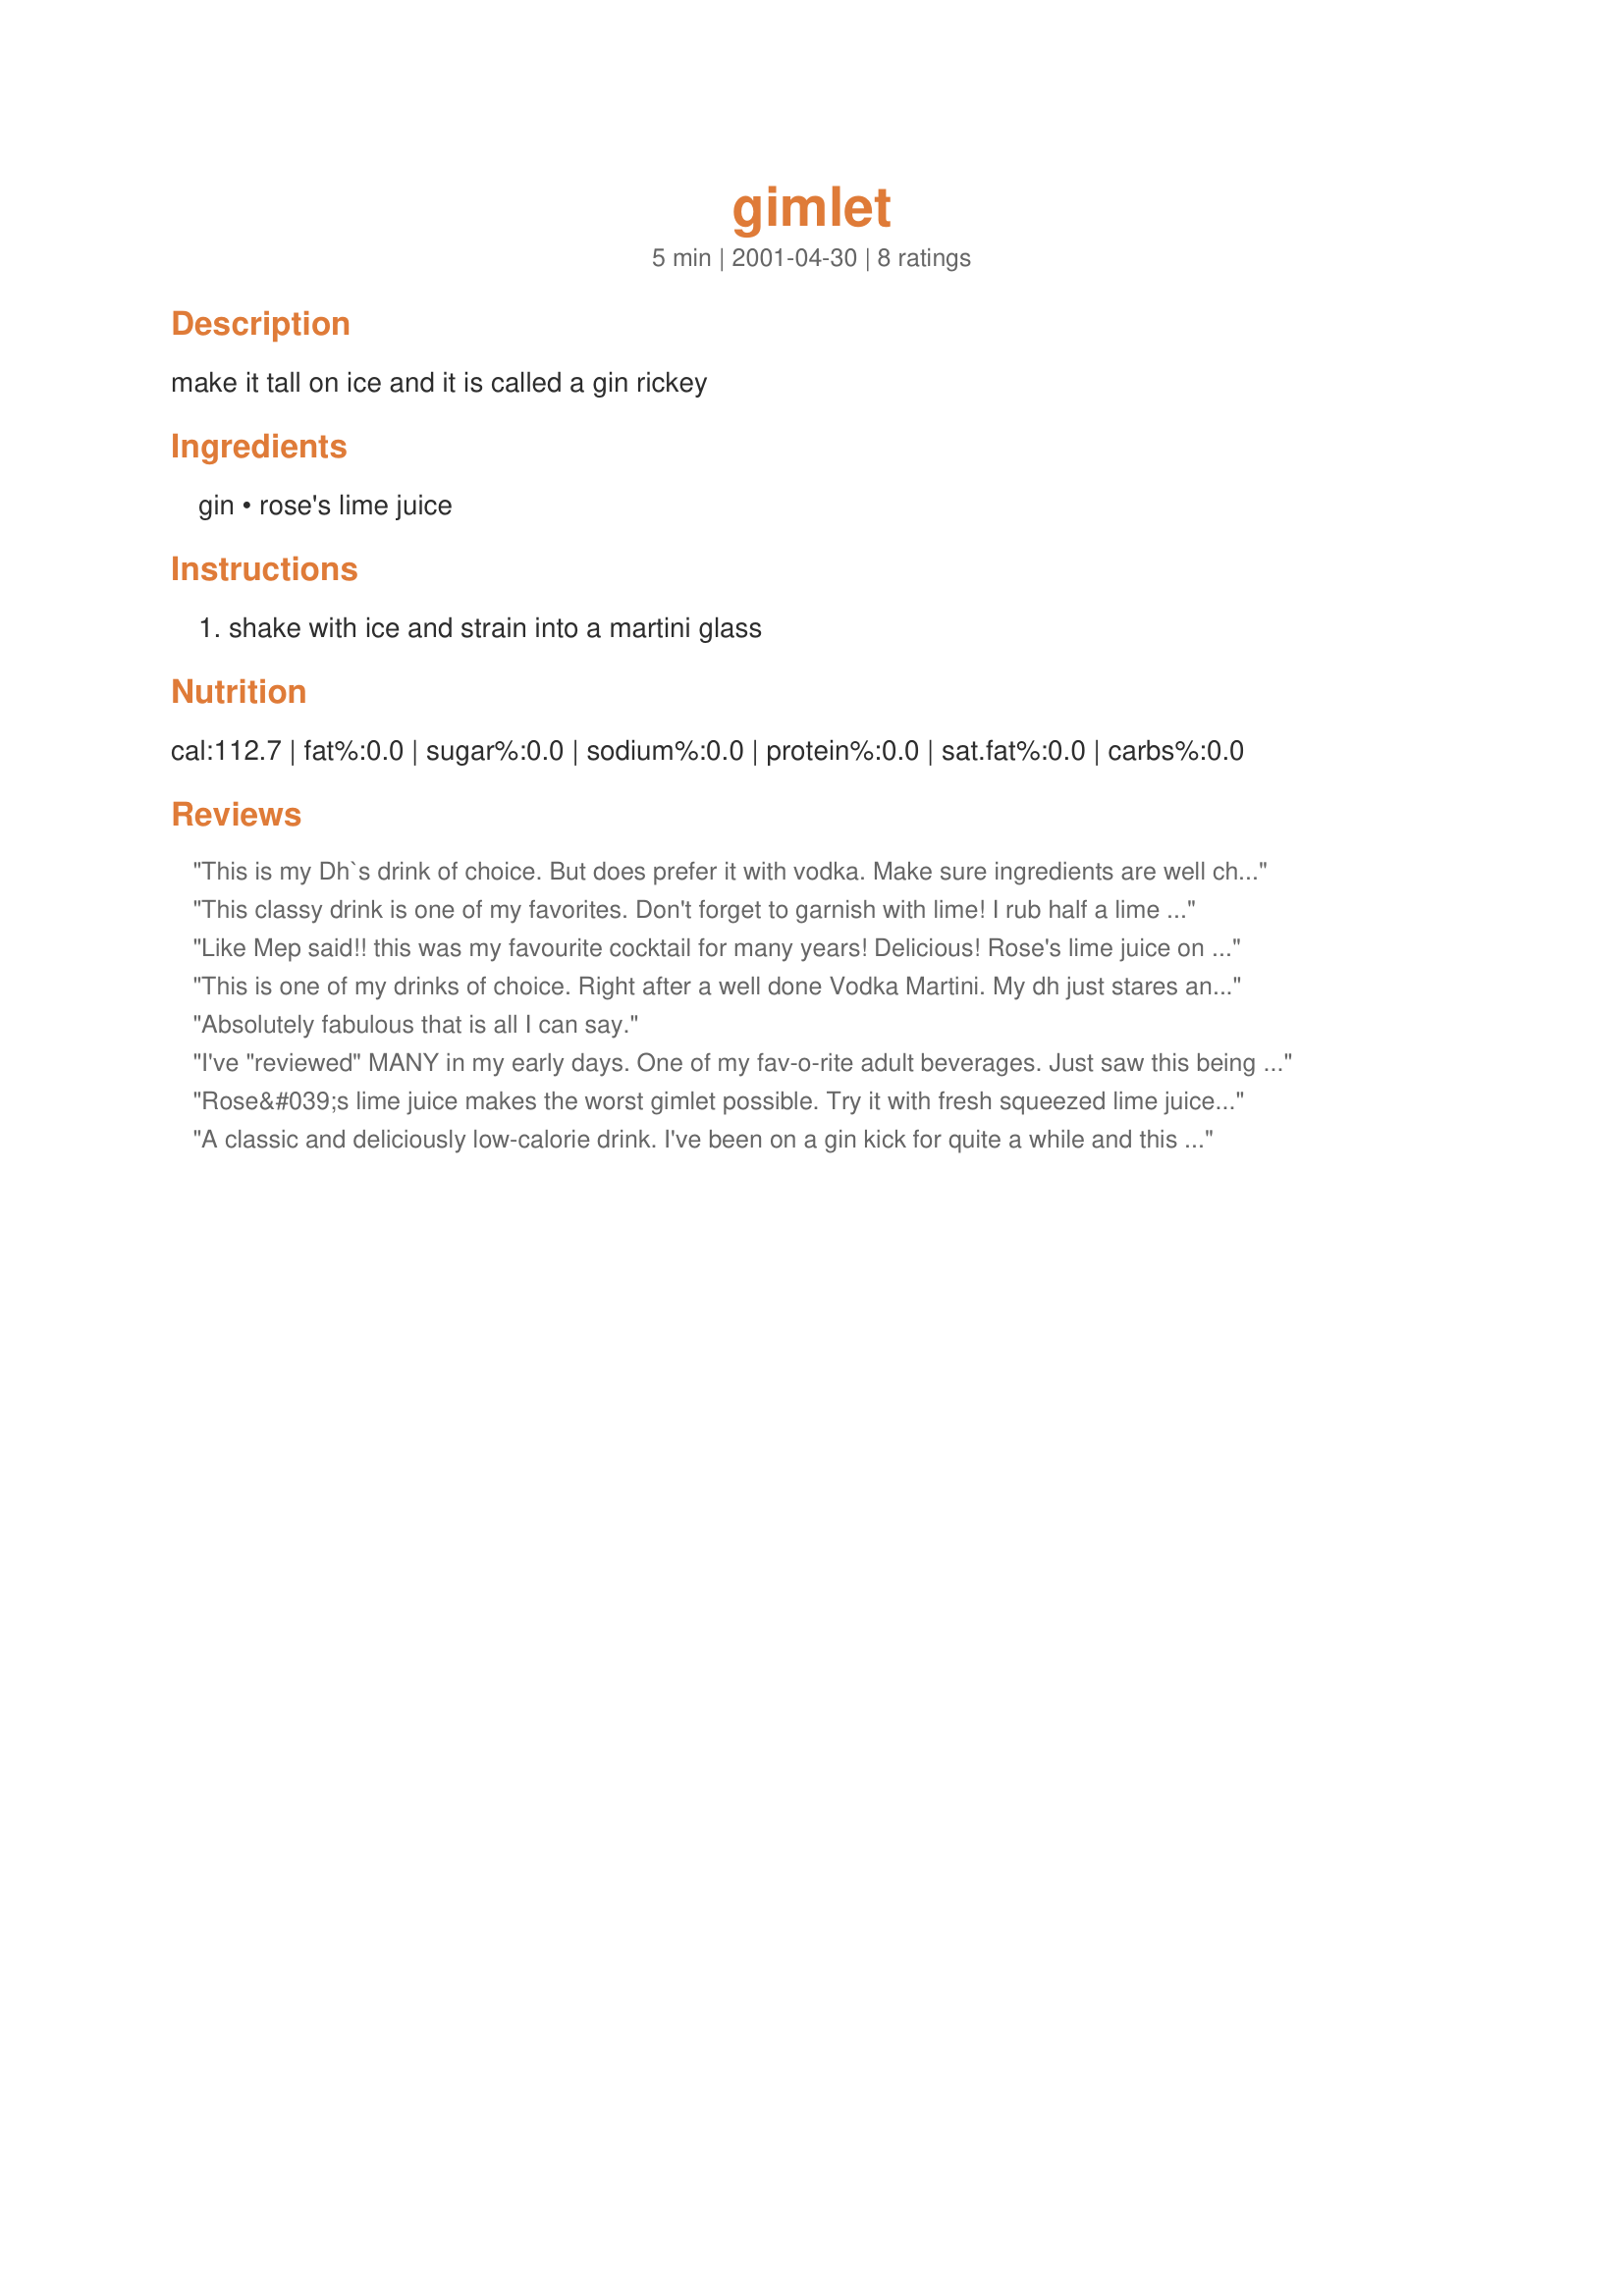
gimlet
Preparation time: 5 minutes

make it tall on ice and it is called a gin rickey

Ingredients:
gin, rose's lime juice

Steps:
shake with ice and strain into a martini glass

Reviews:
This is my Dh`s drink of choice. But does prefer it with vodka. Make sure ingredients are well chilled as well as the glass. Sit back and relax with this yummy drink! Thanks Gay!
This classy drink is one of my favorites. Don't forget to garnish with lime! I rub half a lime wheel around the rim, squeeze it into the drink, and drop it in. Enjoy!
Like Mep said!! this was my favourite cocktail for many years! Delicious! 
Rose's lime juice on my shopping list this week!! Although, it has been awhile since I had a gimlet, I remember the taste and it is definitely a 5*****
This is one of my drinks of choice. Right after a well done Vodka Martini. My dh just stares and me when I drink either. Mumbles something about drinking kerosene. LOL Chill well and enjoy.
Absolutely fabulous that is all I can say.
I've "reviewed" MANY in my early days. One of my fav-o-rite adult beverages. Just saw this being reviewed, and thought of my Husband saying,"How can you drink those?" And me saying; "Watch me!"
Rose&#039;s lime juice makes the worst gimlet possible. Try it with fresh squeezed lime juice and a touch of simple syrup.
A classic and deliciously low-calorie drink. I've been on a gin kick for quite a while and this is one of the best ways to have it. :) Delicious.
